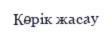
Көрік жасау